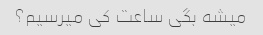
میشه بگی ساعت کی میرسیم؟